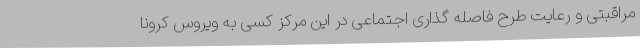
مراقبتی و رعایت طرح فاصله گذاری اجتماعی در این مرکز کسی به ویروس کرونا